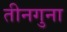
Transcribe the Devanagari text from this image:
तीनगुना